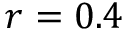
r = 0 . 4